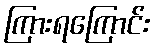
ကြားရကြောင်း